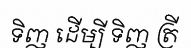
ទិញ ដើម្បី ទិញ ត្រី